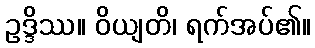
ဥဒ္ဒိဿ။ ဝိယျတိ၊ ရက်အပ်၏။